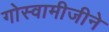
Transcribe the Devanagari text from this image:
गोस्वामीजीने